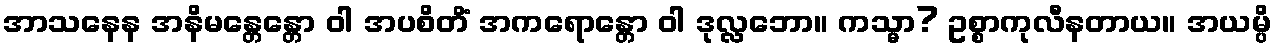
အာသနေန အနိမန္တေန္တော ဝါ အပစိတိံ အကရောန္တော ဝါ ဒုလ္လဘော။ ကသ္မာ? ဥစ္စာကုလီနတာယ။ အယမ္ပိ